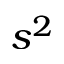
s ^ { 2 }